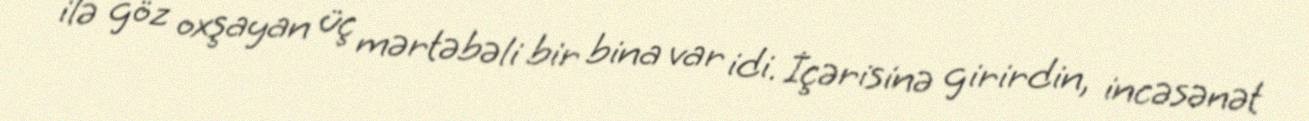
ilə göz oxşayan üç mərtəbəli bir bina var idi. İçərisinə girirdin, incəsənət